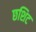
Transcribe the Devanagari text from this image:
छशिट